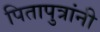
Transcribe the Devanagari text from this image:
पितापुत्रांनी